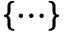
\{ \cdots \}